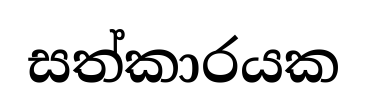
සත්කාරයක